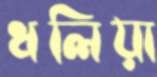
ধলিয়া